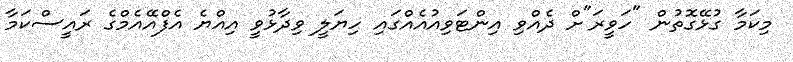
މިކަމާ ގުޅޭގޮތުން "ހަވީރަ"ށް ދެއްވި އިންޓަވިއުއެއްގައި ހިޔަލީ ވިދާޅުވީ އިއްޔެ އެފްއޭއެމްގެ ރައީސްކަމާ